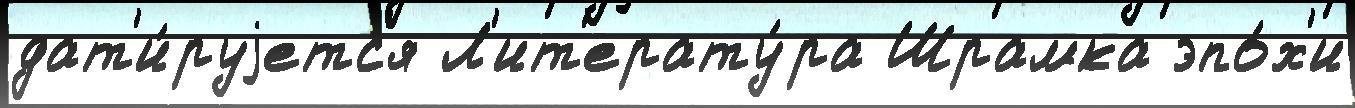
дат'и́руjетс'я Л'ит'ерату́ра Шрамка эпо́х'и